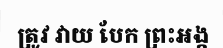
ត្រូវ វាយ បែក ព្រះអង្គ